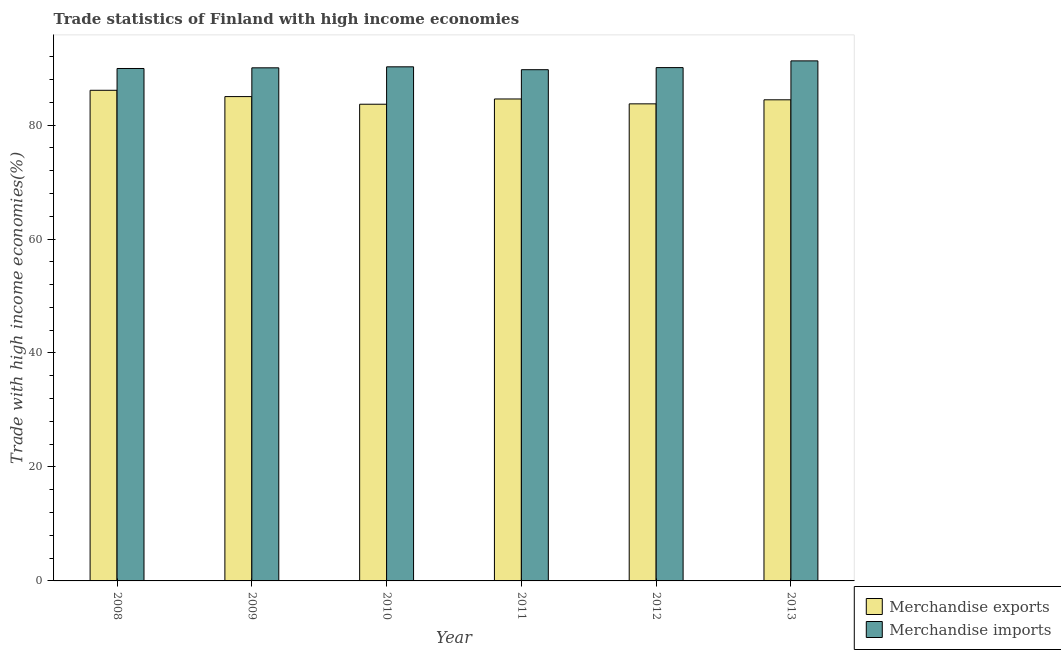
| Year | Merchandise exports | Merchandise imports |
 | --- | --- | --- |
 | 2008 | 86.1 | 89.9 |
 | 2009 | 85 | 90 |
 | 2010 | 83.7 | 90.2 |
 | 2011 | 84.6 | 89.7 |
 | 2012 | 83.7 | 90.1 |
 | 2013 | 84.4 | 91.3 |